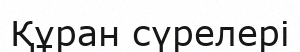
Құран сүрелері